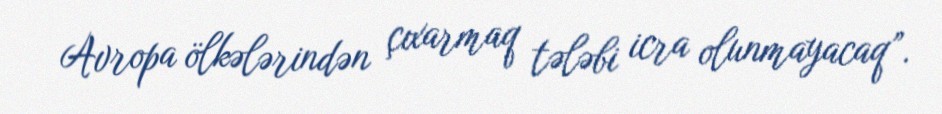
Avropa ölkələrindən çıxarmaq tələbi icra olunmayacaq”.